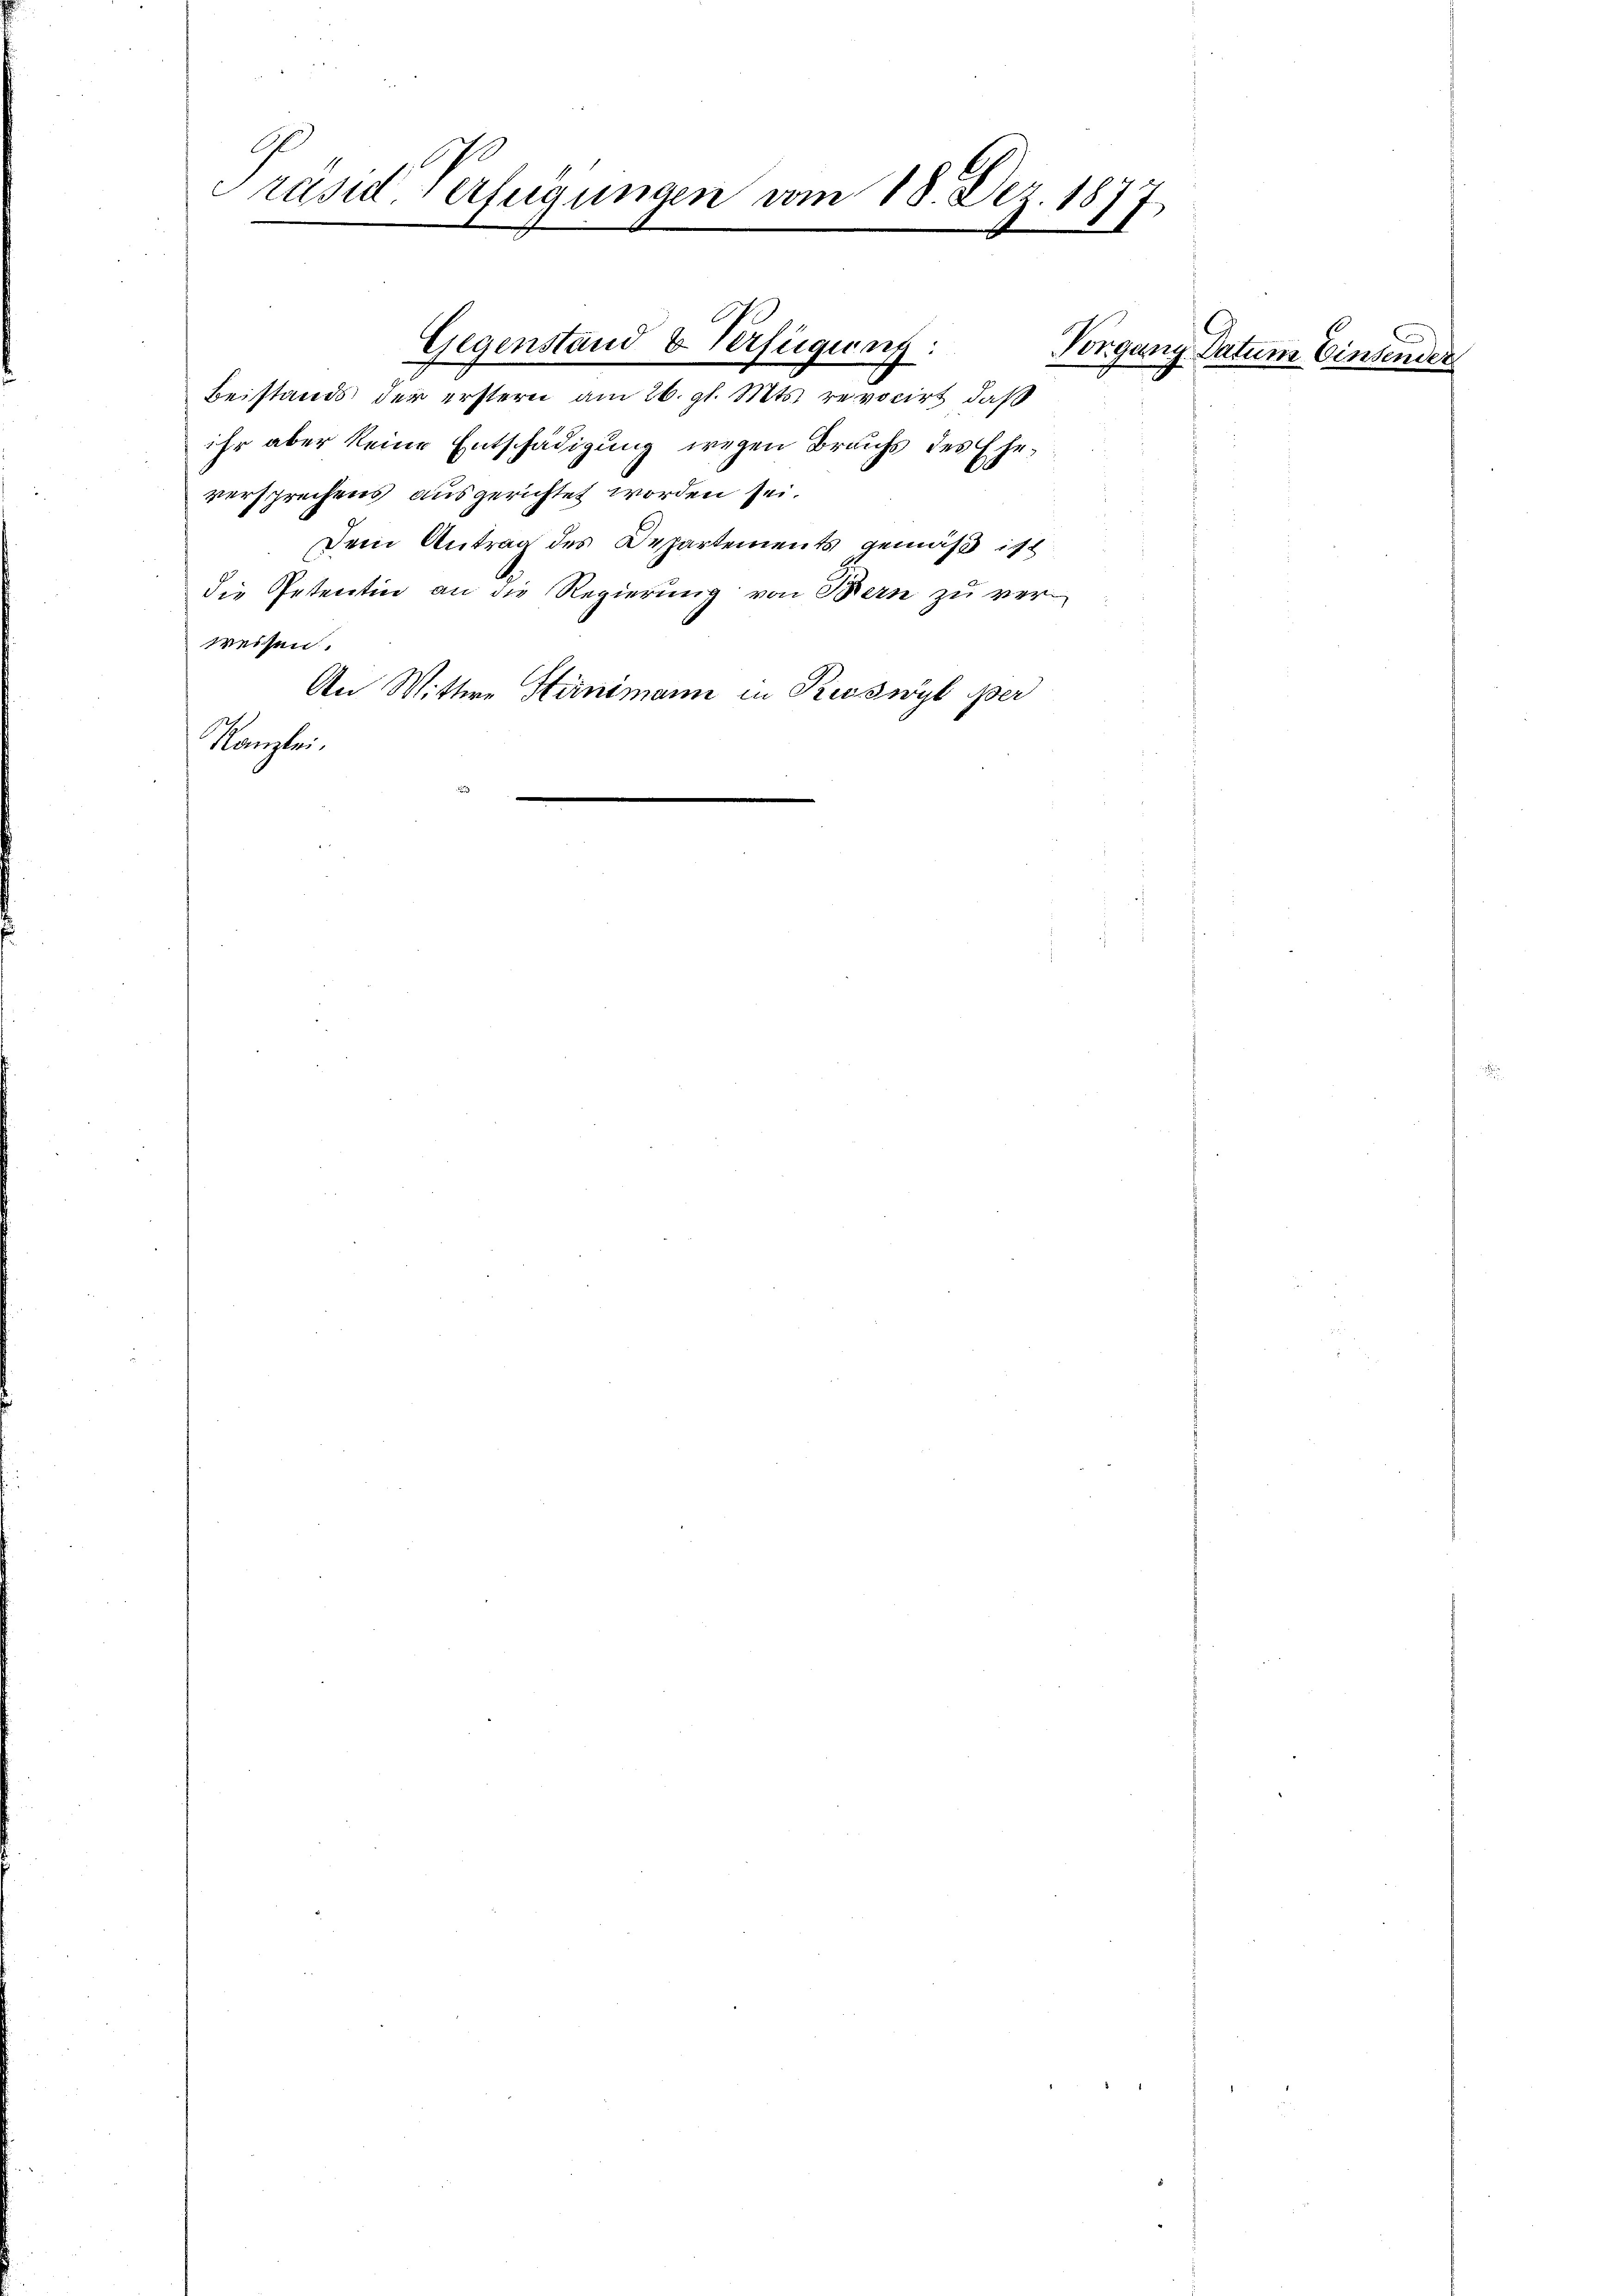
Beistands der erstern am 26. gl. Mts. revocirt, daß
ihr aber keine Entschädigung wegen Brauchs des Ehe-
versprechens ausgerichtet worden sei.
Dem Antrag des Departements gemäß ist
die Petentin an die Regierung von Bern zu verweisen.
An Wittwe Sternimann in Kesswyl per
Kanzlei.

Präsid. Verfügungen vom 18. Dez. 1877,

Gegenstand & Verfügung:

Vorgang Datum Einsender